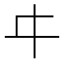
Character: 㐄